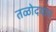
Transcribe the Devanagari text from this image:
तळोदयात